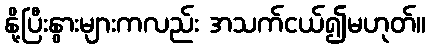
နို့ပြီးနွားများကလည်း အသက်ငယ်၍မဟုတ်။